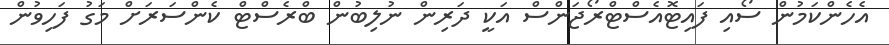
އެހެންކަމުން ސޯއި ފައިޓޮއެސްޓްރޯޖަންސް އަކީ ދަރިން ނުލިބުން ބްރެސްޓް ކެންސަރަށް މަގު ފަހިވުން